Vital statistics of India. Vol. V, Reports of 1876 on armies & jails and on epidemic cholera
Year: 1876
Disease focus: Cholera
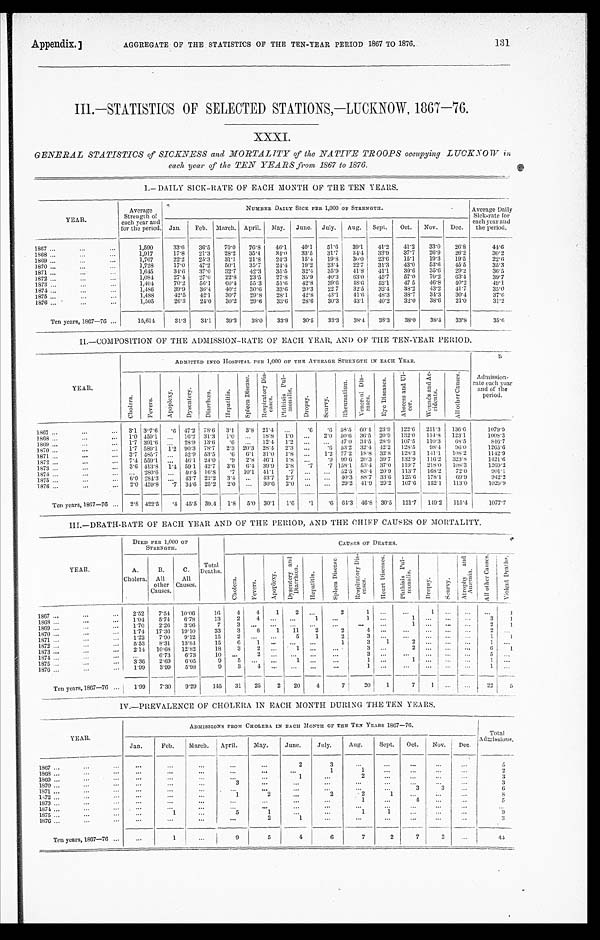
AGGREGATE OF THE STATISTICS OF THE TEN-YEAR PERIOD 1867 TO 1876.
Appendix.]
131
III.—STATISTICS OF SELECTED STATIONS,—LUCKNOW, 1867—76.
XXXI.
GENERAL STATISTICS of SICENESS and MORTALITY of the NATIVE TROOPS occupying LUCKNOW in
each year of the TEN YEARS from 1867 to 1876.
I.— DAILY SICK-RATE OF EACH MONTH OF THE TEN YEARS.
YEAR.
Average
Strength of
each year and
for the period.
NUMBER DAILY SICK PER 1,000 OF STRENGTH.
Average Daily
Sick-rate for
each year and
the period.
Jan.
Feb. March. April. May.
June.
July.
Aug.
Sept.
Oct.
Nov.
Dec.
1867 . . .
1,590
33.6
36.5
70.0
76.8
46.1
40.1
51.6
39.1
41.2
41.2
33.0
26.8
44.6
1 8 6 8 . . .
1,917
17.8
21.3
28.2
35.4
34.0
33.5
31.7
34.4
33.9
37.7
26.9
26.2
30.2
1869 . . .
1,767
22.2
25.3
31.1
21.8
24.3
15.4
19.8
30.0
23.6
15.1
19.3
19.5
22.6
1870 . . .
1,728
17.0
47.2
50.1
35.7
24.4
19.2
23.4
22.7
31.3
43.0
53.6
45.5
35.3
1871 . . .
1,645
34.6
37.0
32.7
42.3
35.5
32.4
35.9
41.8
41.1
39.6
35.6
29.2
36.5
1872 . . .
1,084
27.4
27.0
22.8
23.5
27.8
35.9
40.3
63.0
45.7
57.0
70.2
63.4
3 9 . 7
1873 . . .
1,404
70.2
56.1
6 0 . 4
55.3
51.6
42.8
39.6
48.6
52.1
47.5
46.8
40.2
49.1
1874 . . .
1,486
39.9
36.4
40.2
30.6
33.6
20.3
22.7
32.5
32.4
38.2
43.2
41.7
35.0
1875 . . .
1,488
42.5
42.1
30.7
29.8
28.1
42.8
43.1
41.6
48.3
38.7
34.3
30.4
37.6
1876 . . .
1,505
26.3
24.0
30.2
29.6
33.6
28.6
30.3
43.1
40.2
32.0
38.6
21.0
31.2
Ten years, 1867—76 . . .
15,614
31.3
34.1
39.3
38.0
33.9
30.5
33.3
38.4
38.3
38.0
38.4
33.8
3 5 . 6
II.—COMPOSITION OF THE ADMISSION-RATE OF EACH YEAR, AND OF THE TEN-YEAR PERIOD.
YEAR.
ADMITTED INTO HOSPITAL PER 1,000 OF THE AVERAGE STRENGTH IN EACH YEAR.
Admission-
rate each year
and of the
period.
C h o l e r a .
F e v e r s .
A p o p l e x y .
D y s e n t e r y .
D i a r r h œ a .
H e p a t i t i s .
S p l e e n D i s e a s e . R e s p i r a t o r y D i s - e a s e s .
P h t h i s i s P u l - m o n a l i s .
D r o p s y .
S c u r v y .
R h e u m a t i s m .
V e n e r a l D i s - e a s e s .
E y e D i s e a s e s .
A b s c e s s a n d U l - c e r .
W o u n d s a n d A c - c i d e n t s .
A l l o t h e r C a u s e s .
1867 . . .
3.1 307.6
. 6 47.2 78.6
3.1
3.8 21.4
. . .
.6
.6 58.5 60.4 23.9 122.6
211.3
136.6
1079.9
1868 . . .
1.0 459.1
. . . 16.2 31.3
1.0
. . .
18.8
1.0
. . .
2.0 50.6 36.5 20.9
132.0
114.8
123.1
1008.3
1869 . . .
1.7 391.6
. . . 28.9 13.6
.6
. . .
12.4
1.2
. . .
. . . 47.0 34.5 28.9
107.5
110.3
68.5
846.7
1 8 7 0 . . .
1.7 589.1
1 . 2 90.3 78.7
2.3 20.3 28.4
2.3
. . .
.6 53.2 32.4 42.2
128.5
98.4
96. 0
1265. 6
1 8 7 1 . . .
3.7 485.7
. . . 52.9 53.5
.6
6.1 31.0
1 . 8
. . .
1.2 77.2 18.8 32.8
128.3
141.1
108.2
1142.9
1872 . . .
7.4 559.1 . . .
46.1 24.0
.9
2.8 46.1
1.8
. . .
.9 99.6
2 0 . 3 39.7
132.9
116.2
323.8
1421.6
1 8 7 3 . . . .
3.6 413.8
1.4 59.1 42.7
3.6
6.4 39.9 2.8
.7
.7 158.1 53.4 37.0
119.7
218.0
108.3
1269.2
1 8 7 4 . . .
. . . 280.6
. . . 40.4 16.8
.7 10.1 41.1
.7
. . .
. . . 52.5 83.4 20.9
113.7
168.2
72.0
901.1
1 8 7 5 . . .
6 . 0 284.3 . . .
43.7 22.2
3.4
. . .
43.7 2.7
. . .
. . . 40.3 88.7 33.6 125.6 178.1
69. 9
9 4 2 . 2
1876 . . .
2.0 459.8
.7 34.6 25.2
2.0
. . .
30.6
2.0
. . .
. . . 29.2 41.9 29.2
107.6
152.1
113.0
1029.9
Ten years, 1867—76 . . .
2.8 422.5
.4 45.5 39.4
1.8
5.0 30.1
1.6
.1
. 6 64.3 46.8 30.5
121.7
149.2
115.4
1077.7
III.—DEATH-RATE OF EACH YEAR AND OF THE PERIOD, AND THE CHIEF CAUSES OF MORTALITY.
YEAR.
DIED PER 1,000 O
F STRENGTH.
CAUSES OF DEATHS.
V i o l e n t D e a t h s .
A.
Cholera.
B.
All
other
Causes.
C
.
All
Causes.
Total
Deaths.
Chol er a.
Fevers.
Ap o p l e x y .
D y s e n t e r y a n d D i a r r h œ a .
He pa t i t i s .
S p l e e n D i s e a s e .
R e s p i r a t o r y D i s - e a s e s .
H e a r t D i s e a s e s .
P h t h i s i s P u l - m o n a l i s .
Dr opsy.
Sc ur vy.
A t r o p h y a n d A n æ m i a .
A l l o t h e r C a u s e s .
1867 . . .
2.52 7.54
10.06
16
4
4 1
2
. . .
2
1
. . .
. . .
1
. . .
. . .
. . .
1
1868 . . .
1.04
5.74
6.78
13
2
4
. . .
. . .
1
. . .
1
. . .
1
. . .
. . .
. . .
3
1
.
1 8 6 9 . . .
1.70
2.26
3.96
7
3
. . .
. . .
. . .
. . .
. . .
. . .
. . .
1
. . .
. . .
. . .
2
1
1 8 7 0 . . .
1.74
17.36 19.10
33
3
8
1
11
2
2
4
. . .
. . .
. . .
. . .
. . .
2
. . .
1871 . . .
1.22
7.90
9.12
15
2
. . .
. . .
5
1
2
3
. . .
. . .
. . .
. . .
. . .
1
1
1872 . . .
5.53
8.31
13.84
15
6
1
. . .
. . .
. . .
1
3
1
2
. . .
. . .
. . .
1
. . .
1873 . . .
2.14
10.68
12.82
18
3
2
. . .
1
. . .
. . .
3
. . .
2
. . .
. . .
. . .
6
1
1874 . . .
. . . 6.73
6.73
10
. . .
2
. . .
. . .
. . .
. . .
3
. . .
. . .
. . .
. . .
. . .
5
. . .
1875 . . .
3.36
2.69
6.05
9
5
. . .
. . .
1
. . .
. . .
1
. . .
1
. . .
. . .
. . .
1
. . .
1876 . . .
1.99
3.99
5.98
9
3
4
. . .
. . .
. . .
. . .
1
. . .
. . .
. . . . . .
. . .
1
. . .
Ten years, 1867—76 . . .
1.99
7.30
9.29
145
31
25
2
20
4
7 20
1
7 1
. . .
. . . 22
5
IV.—PREVALENCE OF CHOLERA IN EACH MONTH DURING THE TEN YEARS.
YEAR.
ADMISSIONS FROM CHOLERA IN EACH MONTH OF THE TEN YEARS 1867—76.
Total Admissions.
Jan.
Feb.
March.
April.
May.
June.
July.
Aug.
Sept.
Oct.
Nov.
Dec.
1867 . . .
. . .
. . .
. . .
. . .
. . .
2
3
. . .
. . .
. . .
. . .
. . .
5
1868 . . .
. . .
. . .
. . .
. . .
. . .
. . .
1
1
. . .
. . .
. . .
. . .
2
1869 . . .
. . .
. . .
. . .
. . .
. . .
1
. . .
2
. . .
. . .
. . .
. . .
3
1870 . . .
. . .
. . .
. . .
3
. . .
. . .
. . .
. . .
. . .
. . .
. . .
. . .
3
1871 . . .
. . .
. . .
. . .
. . .
. . .
. . .
. . .
. . .
. . .
3
3
. . .
6
1872 . . .
. . .
. . .
. . .
1
2
. . .
2
2
1
. . .
. . .
. . .
8
1873 . . .
. . .
. . .
. . .
. . .
. . .
. . .
. . .
1
. . .
4
. . .
. . .
5
1 8 7 4 . . .
. . .
. . .
. . .
. . .
. . .
. . .
. . .
. . .
. . .
. . .
. . .
. . .
. . .
1875 . . .
. . .
1
. . .
5
1
. . .
. . .
1
1
. . .
. . .
. . .
9
1876 . . .
. . .
. . .
. . .
. . .
2
1
. . .
. . .
. . .
. . .
. . .
. . .
3
Ten years, 1867—76 . . .
. . .
1
. . .
9
5
4
6
7
2
7
3
. . .
4 4